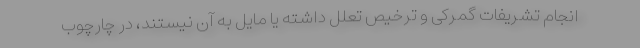
انجام تشریفات گمرکی و ترخیص تعلل داشته یا مایل به آن نیستند، در چارچوب